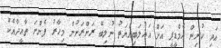
އަދި ކުރިން އެމްޑީޕީ އަށް އަޣުލަބިއްޔަތު ނުލިބޭ ރަށްރަށުން މިހާރު ފެންނަ ތާއީދާއެކު